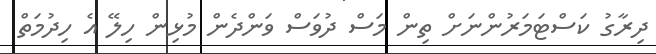
ދިރާގު ކަސްޓަމަރުންނަށް ތިން މަސް ދުވަސް ވަންދެން މުޅިން ހިލޭ އެ ހިދުމަތް